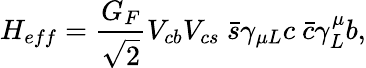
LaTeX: H_{eff}={\frac{G_{F}}{\sqrt{2}}}V_{cb}V_{cs}\ \bar{s}\gamma_{\mu L}c\ \bar{c}\gamma_{L}^{\mu}b,